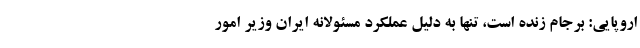
اروپایی: برجام زنده است، تنها به دلیل عملکرد مسئولانه ایران وزیر امور